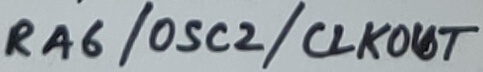
Text: RA6/OSC2/CLKOUT